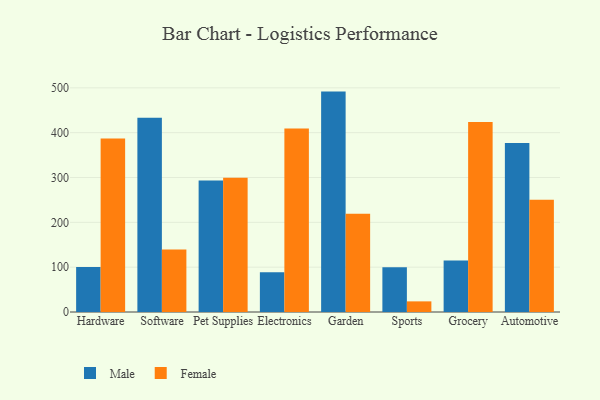
{"axis": {"x": "Category", "y": "Latency (ms)"}, "legend": ["Female", "Male"], "data": [{"x": "Hardware", "y": 100.4, "type": "Male"}, {"x": "Hardware", "y": 387.0, "type": "Female"}, {"x": "Software", "y": 433.4, "type": "Male"}, {"x": "Software", "y": 139.2, "type": "Female"}, {"x": "Pet Supplies", "y": 293.4, "type": "Male"}, {"x": "Pet Supplies", "y": 299.6, "type": "Female"}, {"x": "Electronics", "y": 88.5, "type": "Male"}, {"x": "Electronics", "y": 409.1, "type": "Female"}, {"x": "Garden", "y": 491.6, "type": "Male"}, {"x": "Garden", "y": 219.3, "type": "Female"}, {"x": "Sports", "y": 99.6, "type": "Male"}, {"x": "Sports", "y": 23.7, "type": "Female"}, {"x": "Grocery", "y": 115.0, "type": "Male"}, {"x": "Grocery", "y": 423.8, "type": "Female"}, {"x": "Automotive", "y": 376.8, "type": "Male"}, {"x": "Automotive", "y": 250.6, "type": "Female"}]}